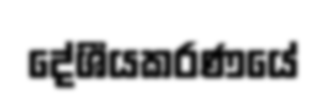
දේශීයකරණයේ